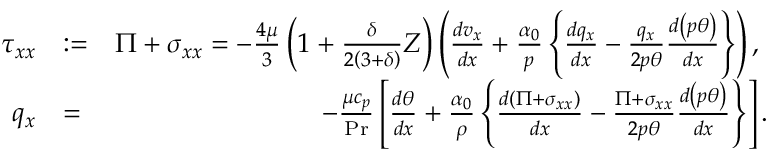
\begin{array} { r l r } { \tau _ { x x } } & { : = } & { \Pi + \sigma _ { x x } = - \frac { 4 \mu } { 3 } \left( 1 + \frac { \delta } { 2 \left( 3 + \delta \right) } Z \right) \left( \frac { d v _ { x } } { d x } + \frac { \alpha _ { 0 } } { p } \left\{ \frac { d q _ { x } } { d x } - \frac { q _ { x } } { 2 p \theta } \frac { d \left( p \theta \right) } { d x } \right\} \right) \mathrm { , ~ } } \\ { q _ { x } } & { = } & { - \frac { \mu c _ { p } } { \operatorname* { P r } } \left[ \frac { d \theta } { d x } + \frac { \alpha _ { 0 } } { \rho } \left\{ \frac { d \left( \Pi + \sigma _ { x x } \right) } { d x } - \frac { \Pi + \sigma _ { x x } } { 2 p \theta } \frac { d \left( p \theta \right) } { d x } \right\} \right] . } \end{array}